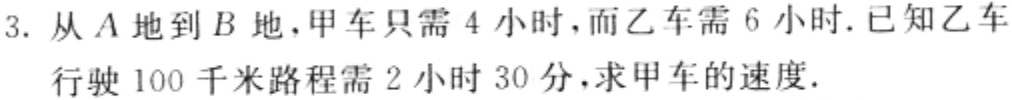
3. 从\(A\)地到\(B\)地，甲车只需\(4\)小时，而乙车需\(6\)小时. 已知乙车行驶\(100\)千米路程需\(2\)小时\(30\)分，求甲车的速度.